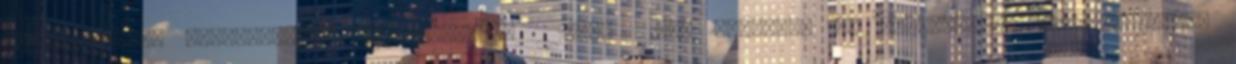
Derékmelegítő marihuánából privatkopo.hu 10:59 Még akadozik az áramellátás Hajdú-Biharban